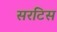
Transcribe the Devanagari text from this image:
सरटिस